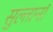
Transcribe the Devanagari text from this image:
सुल्तानॉ